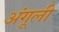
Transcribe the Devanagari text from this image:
अंगूली